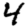
Digit: 4